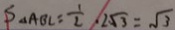
S _ { \Delta } A B C = \frac { 1 } { 2 } , 2 \sqrt { 3 } = \sqrt { 3 }